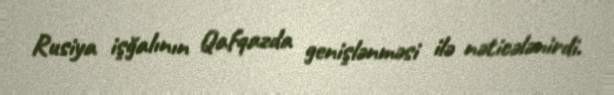
Rusiya işğalının Qafqazda genişlənməsi ilə nəticələnirdi.